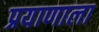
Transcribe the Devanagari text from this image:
प्रयाणाला